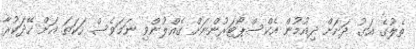
ތެލުގެ އަގު ދަށަށް ދިއުމުން އެކްސްޕޯޓަރުންނަށް ގެއްލުންވި ނަމަވެސް ހަކަތަ އަށް ހޭދަކުރާ